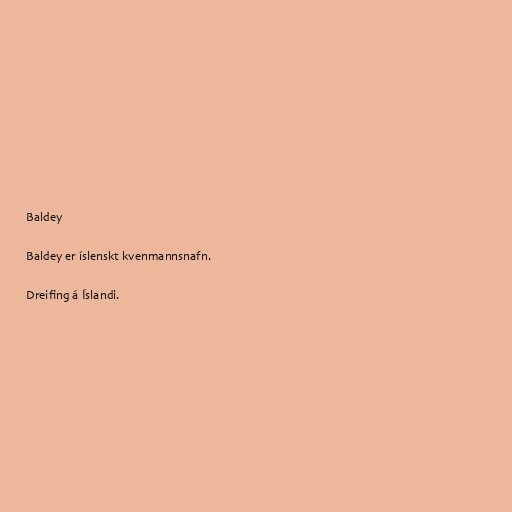
Baldey

Baldey er íslenskt kvenmannsnafn.

Dreifing á Íslandi.